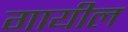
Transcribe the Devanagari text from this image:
गायील